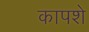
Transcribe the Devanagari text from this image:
कापशे